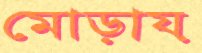
মোড়ায়